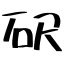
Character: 𥐮